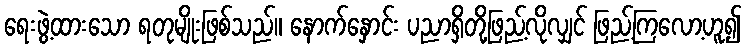
ရေးဖွဲ့ထားသော ရတုမျိုးဖြစ်သည်။ နောက်နှောင်း ပညာရှိတို့ဖြည့်လိုလျှင် ဖြည့်ကြလော့ဟူ၍